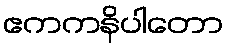
ဧကကနိပါတော